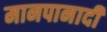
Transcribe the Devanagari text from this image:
मानपानादी